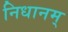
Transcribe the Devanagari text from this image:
निधानम्